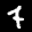
Label: 7